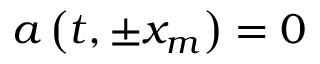
a \left( t , \pm x _ { m } \right) = 0